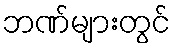
ဘဏ်များတွင်